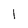
Character: l